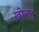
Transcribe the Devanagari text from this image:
ख़ोलद